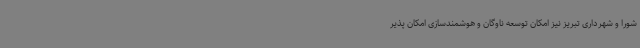
شورا و شهرداری تبریز نیز امکان توسعه ناوگان و هوشمندسازی امکان پذیر